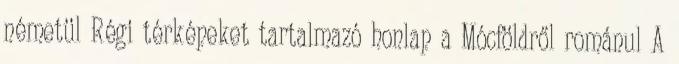
németül Régi térképeket tartalmazó honlap a Mócföldről románul A